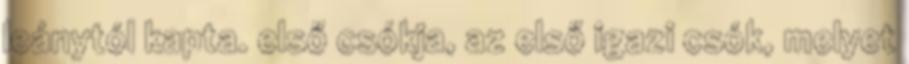
leánytól kapta. első csókja, az első igazi csók, melyet